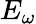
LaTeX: E_{\omega}